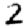
Digit: 2